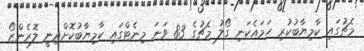
މެޗުގައި ކާމިޔާބުކުރިި ހަމައެކަނި ގޯލު މެޗުގެ 83 ވަނަ މިނެޓްގައި ކާމިޔާބުކޮށްދިނީ ލޮރެންޒޯ